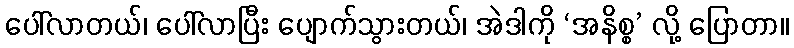
ပေါ်လာတယ်၊ ပေါ်လာပြီး ပျောက်သွားတယ်၊ အဲဒါကို ‘အနိစ္စ’ လို့ ပြောတာ။